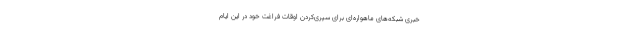
خبری شبکه‌­های ماهواره­ای برای سپری‌کردن اوقات فراغت خود در این ایام